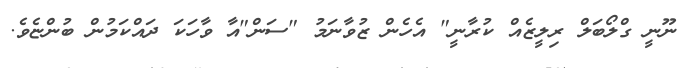
ނޫނީ ގްލޯބަލް ރިލީޒެއް ކުރާނީ" އެހެން ޒުވާނަމު "ސަން"އާ ވާހަކަ ދައްކަމުން ބުންޏެވެ.